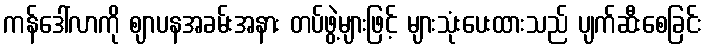
ကန်ဒေါ်လာကို ဈာပနအခမ်းအနား တပ်ဖွဲ့များဖြင့် များသုံးပေးထားသည် ပျက်ဆီးစေခြင်း